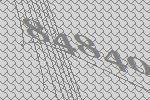
84840